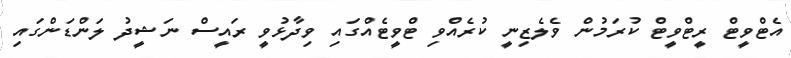
އެޓްވީޓް ރީޓްވީޓް ކުރަމުން ވެލެޒިނީ ކުރެއްވި ޓްވީޓެއްގައި ވިދާޅުވީ ރައީސް ނަޝީދު ލަންޑަންގައި